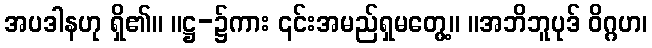
အပဒါနဟု ရှိ၏။ ။ဋ္ဌ-၌ကား ၎င်းအမည်ရှမတွေ့။ ။အဘိဘူပုဒ် ဝိဂ္ဂဟ၊